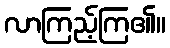
လာကြည့်ကြ၏။